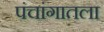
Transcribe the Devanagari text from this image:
पंचांगातला